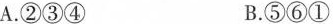
A.②③④ B.⑤⑥①